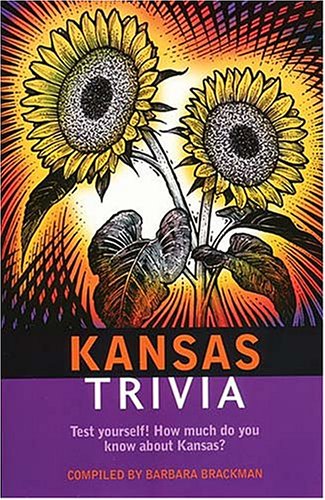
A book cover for Kansas Trivia; Barbara Brackman; Travel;